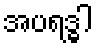
အပရဒ္ဓါ